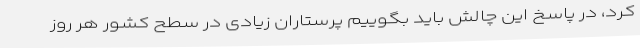
کرد، در پاسخ این چالش باید بگوییم پرستاران زیادی در سطح کشور هر روز